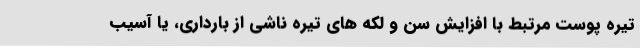
تیره پوست مرتبط با افزایش سن و لکه های تیره ناشی از بارداری، یا آسیب